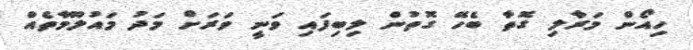
ހިއޯން މަރާލި ގޮތާ ބެހޭ ގޮތުން ލިބިފައި ވަނީ ވަރަށް މަދު މައުލޫމާތެއް